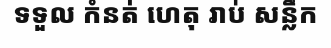
ទទួល កំនត់ ហេតុ រាប់ សន្លឹក